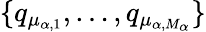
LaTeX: \{ q_{\mu_{\alpha,1}},\dots,q_{\mu_{\alpha,M_{\alpha}}}\}